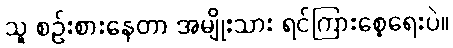
သူ စဉ်းစားနေတာ အမျိုးသား ရင်ကြားစေ့ရေးပဲ။